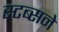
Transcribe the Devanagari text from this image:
स्टब्सने